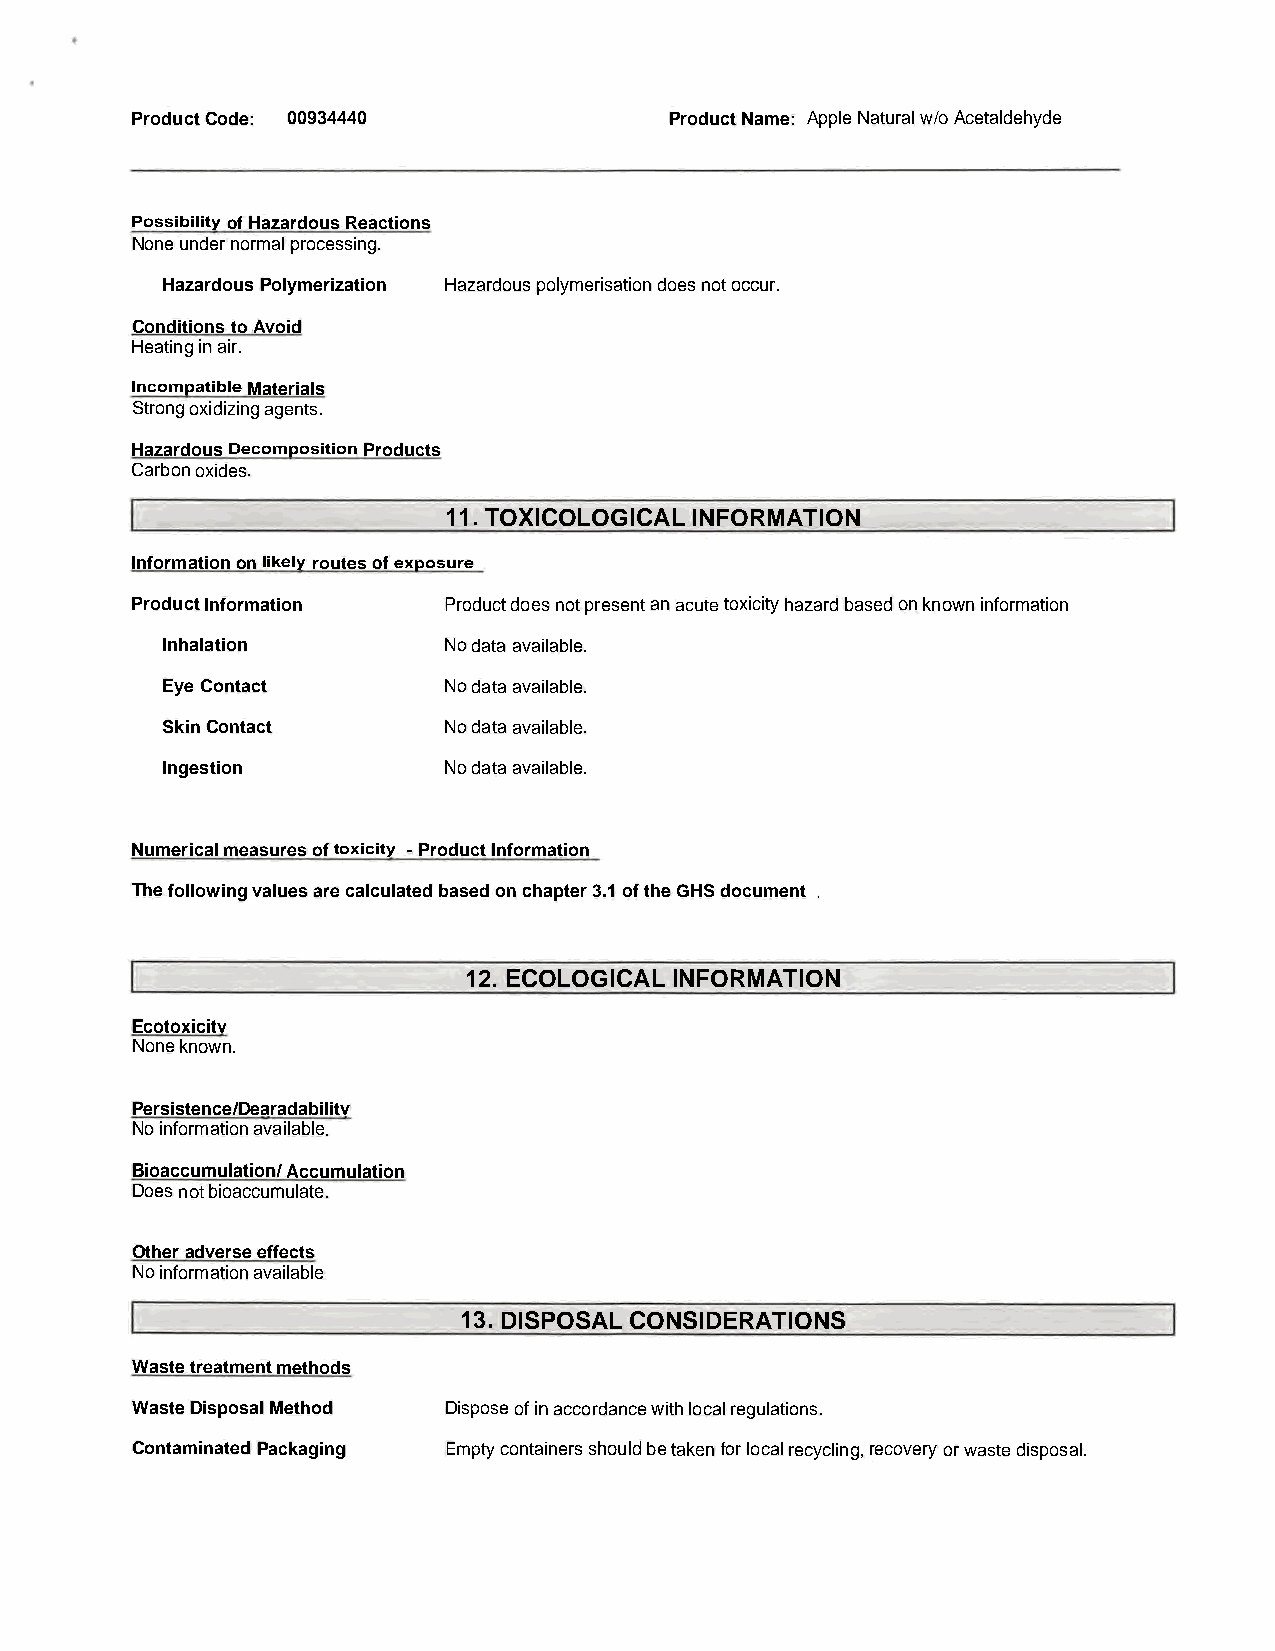
ProductCode: 00934440              ProductName: AppleNaturalw/oAcetaldehyde
 PossibilityofHazardousReactions
 Noneundernormalprocessing.
 HazardousPolymerization Hazardouspolymerisationdoesnotoccur.
 ConditionstoAvoid
 Heatinginair.
 IncompatibleMaterials
 Strongoxidizingagents.
 HazardousDecompositionProducts
 Carbonoxides.
 11. TOXICOLOGICALINFORMATION
 Informationonlikelyroutesofexposure
 ProductInformation  Productdoesnotpresentanacutetoxicityhazardbasedonknowninformation
 Inhalation        Nodataavailable.
 EyeContact        Nodataavailable.
 SkinContact       Nodataavailable.
 Ingestion         Nodataavailable.
 Numericalmeasuresoftoxicity -ProductInformation
 Thefollowingvaluesarecalculatedbasedonchapter3.1oftheGHSdocument
 .
 12. ECOLOGICAL INFORMATION
 Ecotoxicitv
 Noneknown.
 Persistence/Dearadabilitv
 Noinformationavailable.
 Bioaccumulation/Accumulation
 Doesnotbioaccumulate.
 Otheradverseeffects
 Noinformationavailable
 13.DISPOSAL CONSIDERATIONS
 Wastetreatmentmethods
 WasteDisposalMethod Disposeofinaccordancewithlocalregulations.
 ContaminatedPackaging Emptycontainersshouldbetakenforlocalrecycling,recovery orwastedisposal.